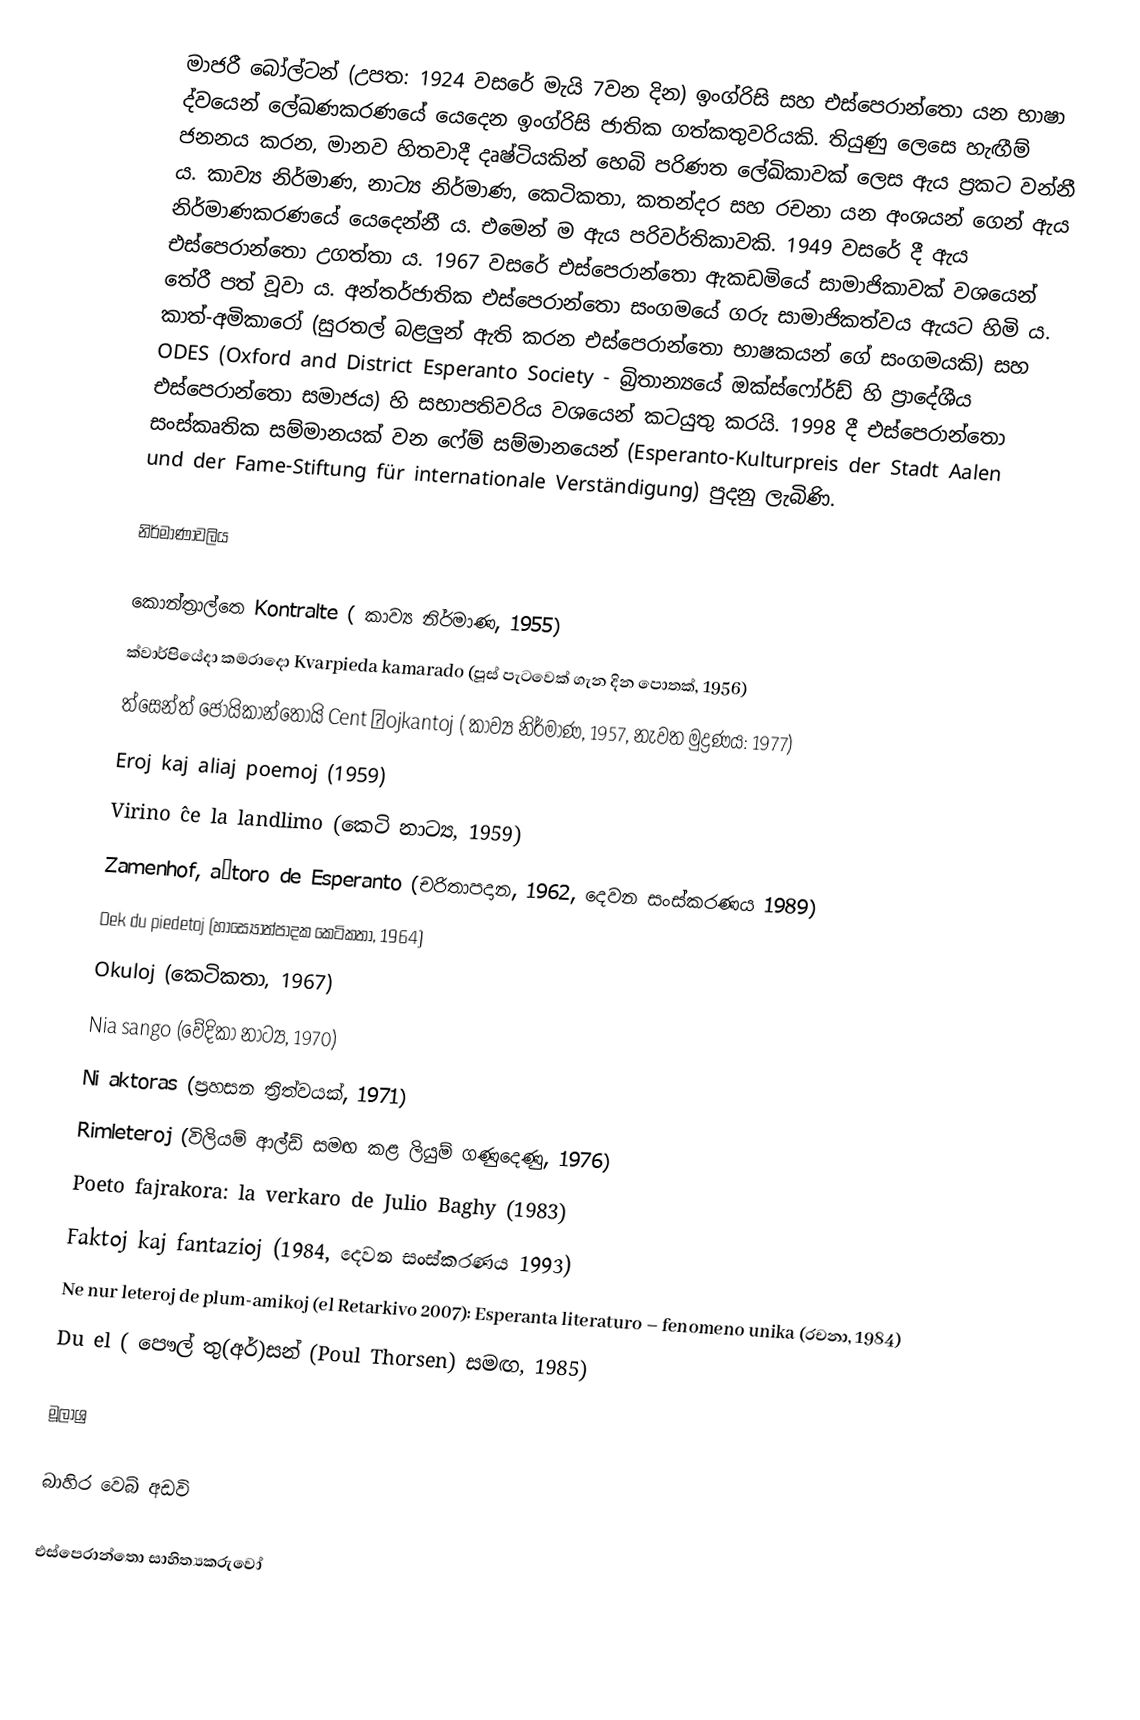
මාජරී බෝල්ටන් (උපත: 1924 වසරේ මැයි 7වන දින​) ඉංග්රිසි සහ එස්පෙරාන්තො යන භාෂා ද්වයෙන් ලේඛණකරණයේ යෙදෙන ඉංග්රිසි ජාතික ගත්කතුවරියකි. තියුණු ලෙසෙ හැඟීම් ජනනය කරන​, මානව හිතවාදී දෘෂ්ටියකින් හෙබි පරිණත ලේඛිකාවක් ලෙස ඇය ප්‍රකට වන්නී ය​. කාව්‍ය නිර්මාණ​, නාට්‍ය නිර්මාණ​, කෙටිකතා, කතන්දර සහ රචනා යන අංශයන් ගෙන් ඇය නිර්මාණකරණයේ යෙදෙන්නී ය​. එමෙන් ම ඇය පරිවර්තිකාවකි. 1949 වසරේ දී ඇය එස්පෙරාන්තො උගත්තා ය​. 1967 වසරේ එස්පෙරාන්තො ඇකඩමියේ සාමාජිකාවක් වශයෙන් තේරී පත් වූවා ය​. අන්තර්ජාතික එස්පෙරාන්තො සංගමයේ ගරු සාමාජිකත්වය ඇයට හිමි ය​. කාත්-අමිකාරෝ (සුරතල් බළලුන් ඇති කරන එස්පෙරාන්තො භාෂකයන් ගේ සංගමයකි) සහ ODES (Oxford and District Esperanto Society - බ්‍රිතාන්‍යයේ ඔක්ස්ෆෝර්ඩ් හි ප්‍රාදේශීය එස්පෙරාන්තො සමාජය​) හි  සභාපතිවරිය වශයෙන් කටයුතු කරයි. 1998 දී එස්පෙරාන්තො සංස්කෘතික සම්මානයක් වන ෆේම් සම්මානයෙන් (Esperanto-Kulturpreis der Stadt Aalen und der Fame-Stiftung für internationale Verständigung) පුදනු ලැබිණි.

නිර්මාණාවලිය​

 කොන්ත්‍රාල්තෙ Kontralte ( කාව්‍ය නිර්මාණ, 1955)
 ක්වාර්පියේදා කමරාදො Kvarpieda kamarado (පූස් පැටවෙක් ගැන දින පොතක්, 1956)
 ත්සෙන්ත් ජෝයිකාන්තොයි Cent ĝojkantoj ( කාව්‍ය නිර්මාණ, 1957, නැවත මුද්‍රණය​: 1977)
 Eroj kaj aliaj poemoj (1959)
 Virino ĉe la landlimo (කෙටි නාට්‍ය​, 1959)
 Zamenhof, aŭtoro de Esperanto (චරිතාපදාන​, 1962, දෙවන සංස්කරණය​ 1989)
 Dek du piedetoj (හාස්‍යෝත්පාදක කෙටිකතා, 1964)
 Okuloj (කෙටිකතා, 1967)
 Nia sango (වේදිකා නාට්‍ය​, 1970)
 Ni aktoras (ප්‍රහසන ත්‍රිත්වයක්, 1971)
 Rimleteroj (විලියම් ආල්ඩ් සමඟ කළ ලියුම් ගණුදෙණු, 1976)
 Poeto fajrakora: la verkaro de Julio Baghy (1983)
 Faktoj kaj fantazioj (1984, දෙවන සංස්කරණය​ 1993)
 Ne nur leteroj de plum-amikoj (el Retarkivo 2007): Esperanta literaturo – fenomeno unika (රචනා, 1984)
 Du el ( පෞල් තු(අර්)සන් (Poul Thorsen) සමඟ​, 1985)

මූලාශ්‍ර

බාහිර වෙබ් අඩවි

එස්පෙරාන්තො සාහිත්‍යකරුවෝ